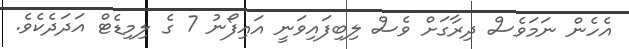
އެހެން ނަމަވެސް ދިރާގަށް ވެސް ލިބިފައިވަނީ އައިފޯނު 7 ގެ ލިމިޑެޓް އަދަދެކެވެ.